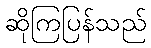
ဆိုကြပြန်သည်